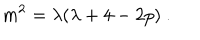
LaTeX: m ^ { 2 } = \lambda ( \lambda + 4 - 2 p ) ~ .